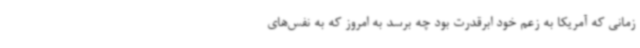
زمانی که آمریکا به زعم خود ابرقدرت بود چه برسد به امروز که به نفس‌های